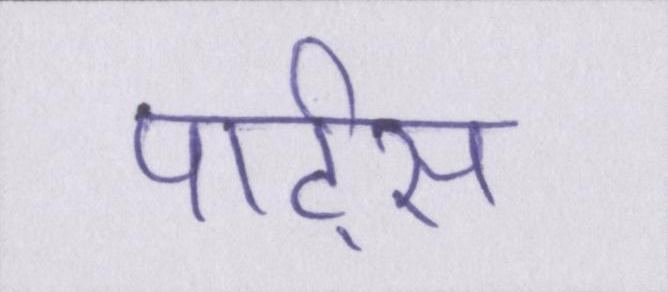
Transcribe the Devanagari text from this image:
पार्ट्स